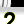
Digit: 2